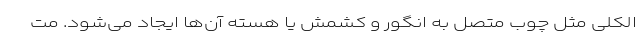
الکلی مثل چوب متصل به انگور و کشمش یا هسته آن‌ها ایجاد می‌شود. مت